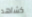
كشاهد